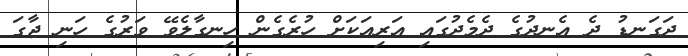
ދަގަނޑު ދެ އެނދުގެ ދެމެދުގައި އަރިއަކަށް ހުރެގެން ހިނގާލެވޭ ވަރުގެ ހަނި ޖާގަ